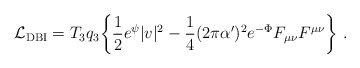
\begin{align*}{\cal L}_{\rm DBI} = T_3 q_3 \biggl\{ \frac{1}{2} e^{\psi}{|v|^2}- \frac{1}{4} (2\pi\alpha')^2 e^{-\Phi}{F_{\mu\nu} F^{\mu\nu} \biggr\}\ .}\end{align*}